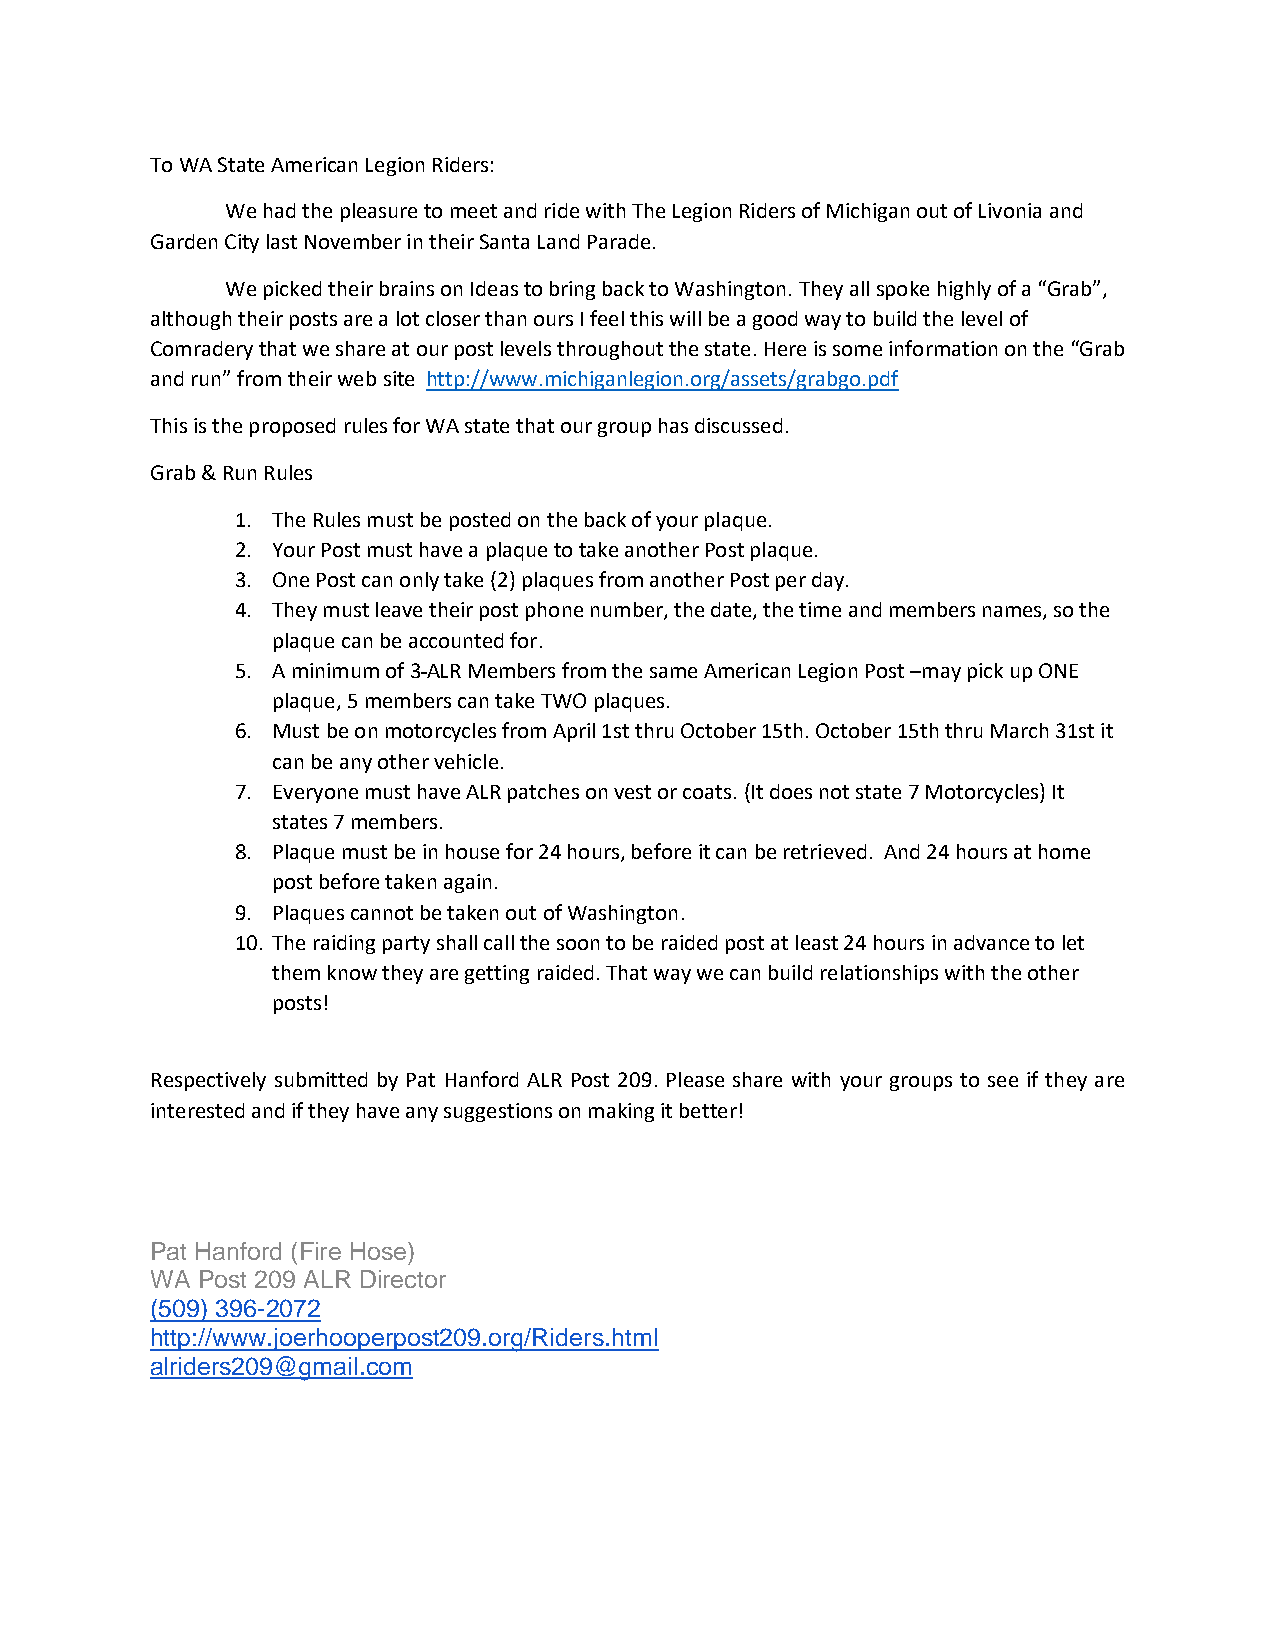
To WA State American Legion Riders:
 We had the pleasure to meet and ride with The Legion Riders of Michigan out of Livonia and
 Garden City last November in their Santa Land Parade.
 We picked their brains on Ideas to bring back to Washington. They all spoke highly of a “Grab”,
 although their posts are a lot closer than ours I feel this will be a good way to build the level of
 Comradery that we share at our post levels throughout the state. Here is some information on the “Grab
 and run” from their web site http://www.michiganlegion.org/assets/grabgo.pdf
 This is the proposed rules for WA state that our group has discussed.
 Grab & Run Rules
 1. The Rules must be posted on the back of your plaque.
 2. Your Post must have a plaque to take another Post plaque.
 3. One Post can only take (2) plaques from another Post per day.
 4. They must leave their post phone number, the date, the time and members names, so the
 plaque can be accounted for.
 5. A minimum of 3 ALR Members from the same American Legion Post –may pick up ONE
 plaque, 5 members can take TWO plaques.
 6. Must be on motorcycles from April 1st thru October 15th. October 15th thru March 31st it
 can be any other vehicle.
 7. Everyone must have ALR patches on vest or coats. (It does not state 7 Motorcycles) It
 states 7 members.
 8. Plaque must be in house for 24 hours, before it can be retrieved. And 24 hours at home
 post before taken again.
 9. Plaques cannot be taken out of Washington.
 10. The raiding party shall call the soon to be raided post at least 24 hours in advance to let
 them know they are getting raided. That way we can build relationships with the other
 posts!
 Respectively submitted by Pat Hanford ALR Post 209. Please share with your groups to see if they are
 interested and if they have any suggestions on making it better!
 Pat Hanford (Fire Hose)
 WA Post 209 ALR Director
 (509) 396-2072
 http://www.joerhooperpost209.org/Riders.html
 alriders209@gmail.com